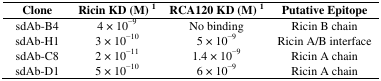
<table><thead><tr><td><b>Clone</b></td><td><b>Ricin KD (M) <sup>1</sup></b></td><td><b>RCA120 KD (M) <sup>1</sup></b></td><td><b>Putative Epitope</b></td></tr></thead><tbody><tr><td>sdAb-B4</td><td>4 × 10<sup>−</sup><sup>9</sup></td><td>No binding</td><td>Ricin B chain</td></tr><tr><td>sdAb-H1</td><td>3 × 10<sup>−</sup><sup>10</sup></td><td>5 × 10<sup>−</sup><sup>9</sup></td><td>Ricin A/B interface</td></tr><tr><td>sdAb-C8</td><td>2 × 10<sup>−</sup><sup>11</sup></td><td>1.4 × 10<sup>−</sup><sup>9</sup></td><td>Ricin A chain</td></tr><tr><td>sdAb-D1</td><td>5 × 10<sup>−</sup><sup>10</sup></td><td>6 × 10<sup>−</sup><sup>9</sup></td><td>Ricin A chain</td></tr></tbody></table>